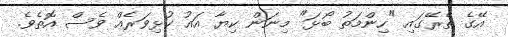
އޭގެ ތެރޭގައި "ހިންމަތު ބޯޅަ" މިނަން ކިޔާ އައު ކުޅިވަރެއް ވެސް އޮތެވެ.